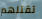
تقتلهم